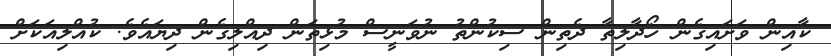
ކާއިން ވަށައިގެން ހޯދާލިތާ ދެތިން ސިކުންތު ނުވަނީސް މުޅިތަން ދިއްލިގެން ދިޔައެވެ. ކުއްލިއަކަށް